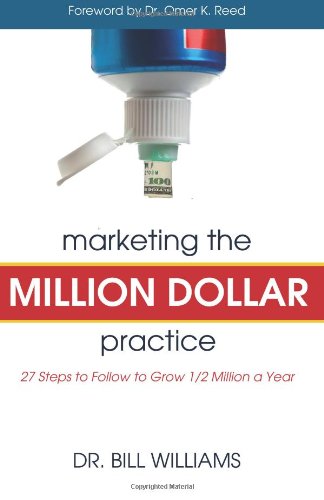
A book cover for Marketing The Million Dollar Practice; Dr. Bill Williams; Medical Books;